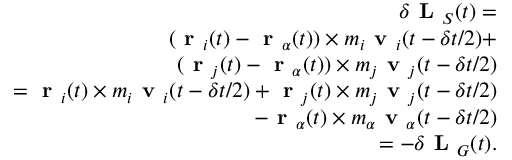
\begin{array} { r } { \delta \textbf { L } _ { S } ( t ) = } \\ { ( \textbf { r } _ { i } ( t ) - \textbf { r } _ { \alpha } ( t ) ) \times m _ { i } \textbf { v } _ { i } ( t - \delta t / 2 ) + } \\ { ( \textbf { r } _ { j } ( t ) - \textbf { r } _ { \alpha } ( t ) ) \times m _ { j } \textbf { v } _ { j } ( t - \delta t / 2 ) } \\ { = \textbf { r } _ { i } ( t ) \times m _ { i } \textbf { v } _ { i } ( t - \delta t / 2 ) + \textbf { r } _ { j } ( t ) \times m _ { j } \textbf { v } _ { j } ( t - \delta t / 2 ) } \\ { - \textbf { r } _ { \alpha } ( t ) \times m _ { \alpha } \textbf { v } _ { \alpha } ( t - \delta t / 2 ) } \\ { = - \delta \textbf { L } _ { G } ( t ) . } \end{array}